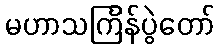
မဟာသင်္ကြန်ပွဲတော်